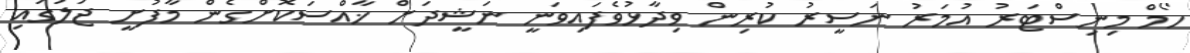
ހޯމް މިނިސްޓަރު އުމަރު ނަސީރު ކުރިން ވިދާޅުވެފައިވަނީ ނަޝީދަށް ޚާއްސަކޮށްގެން މާފުށީ ޖަލުގައި